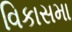
વિકાસમા